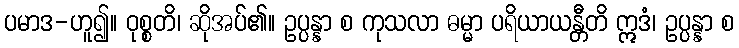
ပမာဒ-ဟူ၍။ ဝုစ္စတိ၊ ဆိုအပ်၏။ ဥပ္ပန္နာ စ ကုသလာ ဓမ္မာ ပရိယာယန္တီတိ ဣဒံ၊ ဥပ္ပန္နာ စ